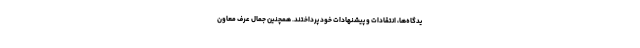
یدگاه‌ها، انتقادات و پیشنهادات خود پرداختند. همچنین جمال عرف معاون